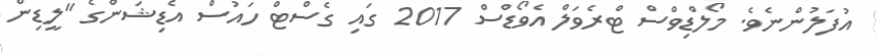
އުފަލުންނެވެ. މޯލްޑިވްސް ޓްރެވަލް އެވޯޑްސް 2017 ގައި ގެސްޓް ހައުސް އެޑިޝަންގެ "ލީޑިން